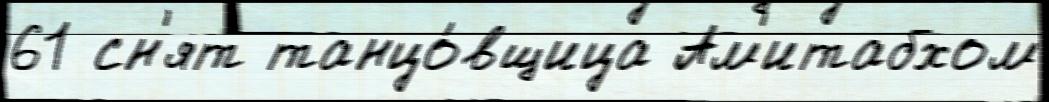
61 сн'ят танцо́вщица Ам'итабхом